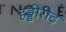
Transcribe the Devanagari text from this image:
हड्डीरीढ़